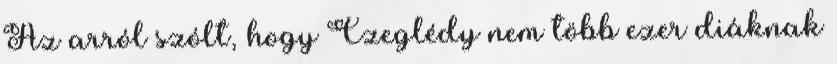
Az arról szólt, hogy Czeglédy nem több ezer diáknak